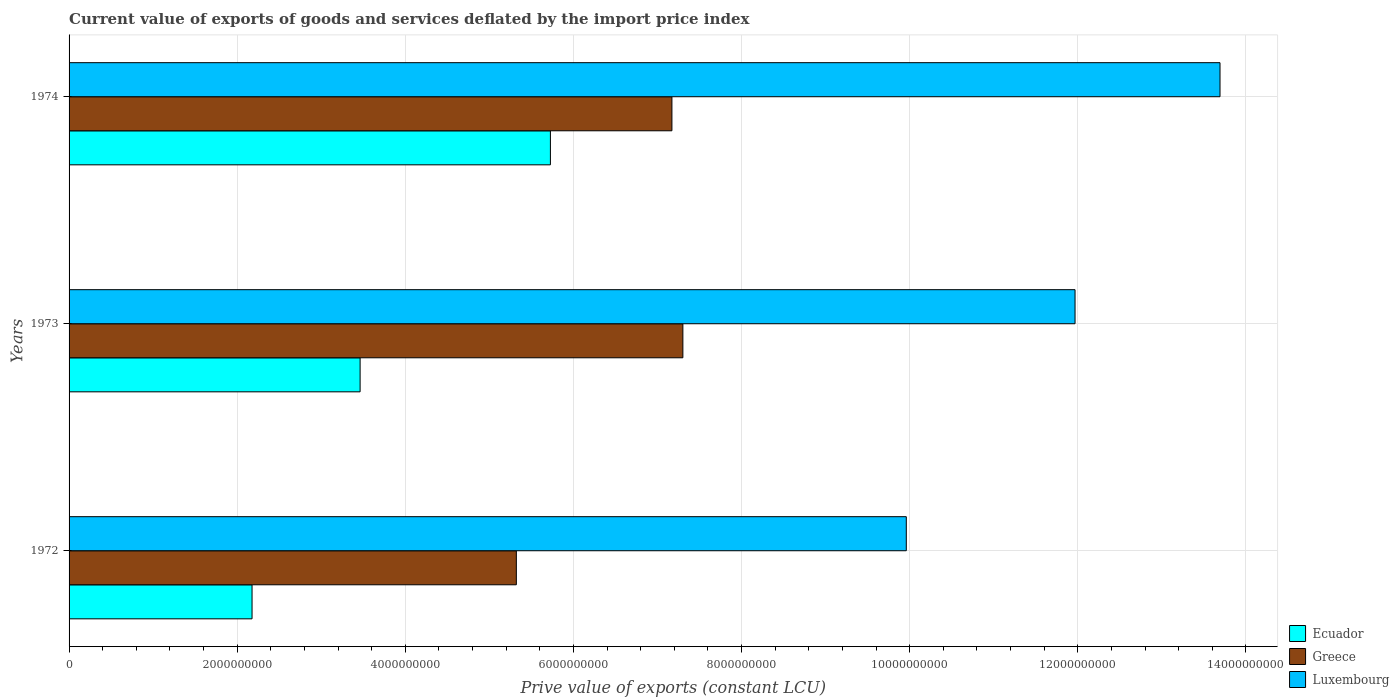
| Years | Ecuador | Greece | Luxembourg |
 | --- | --- | --- | --- |
 | 1972 | 2.18e+09 | 5.32e+09 | 9.96e+09 |
 | 1973 | 3.46e+09 | 7.3e+09 | 1.2e+10 |
 | 1974 | 5.73e+09 | 7.17e+09 | 1.37e+10 |